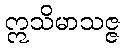
ဣသိမာသဇ္ဇ